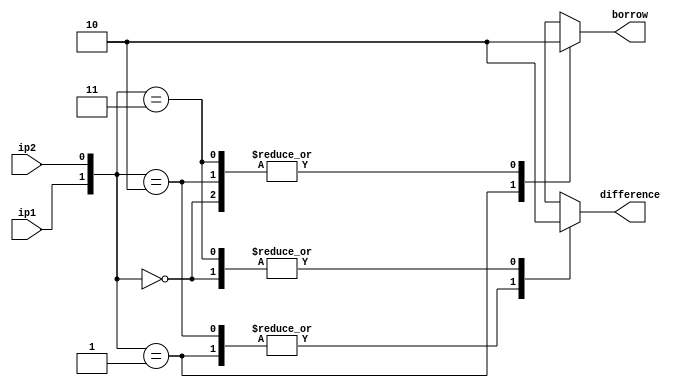
`timescale 1ns / 1ps

module HS_BL(ip1,ip2,borrow,difference);

    input ip1,ip2;
    output reg borrow,difference;

    always@(ip1,ip2) begin
        case({ip1,ip2})
            2'b00 : begin borrow=0; difference=0; end
            2'b01 : begin borrow=1; difference=1; end
            2'b10 : begin borrow=0; difference=1; end
            2'b11 : begin borrow=0; difference=0; end
            default : begin borrow=0; difference=0; end
        endcase
    end

endmodule